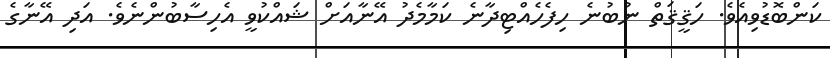
ކަންބޮޑުވިއެވެ. ހަޤީޤަތް ނުބުނެ ހިފެހެއްޓިދާނެ ކަމާމެދު އޭނާއަށް ޝައްކުވީ އެހިސާބުންނެވެ. އަދި އޭނާގެ